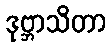
ဒုဗ္ဘာသိတာ